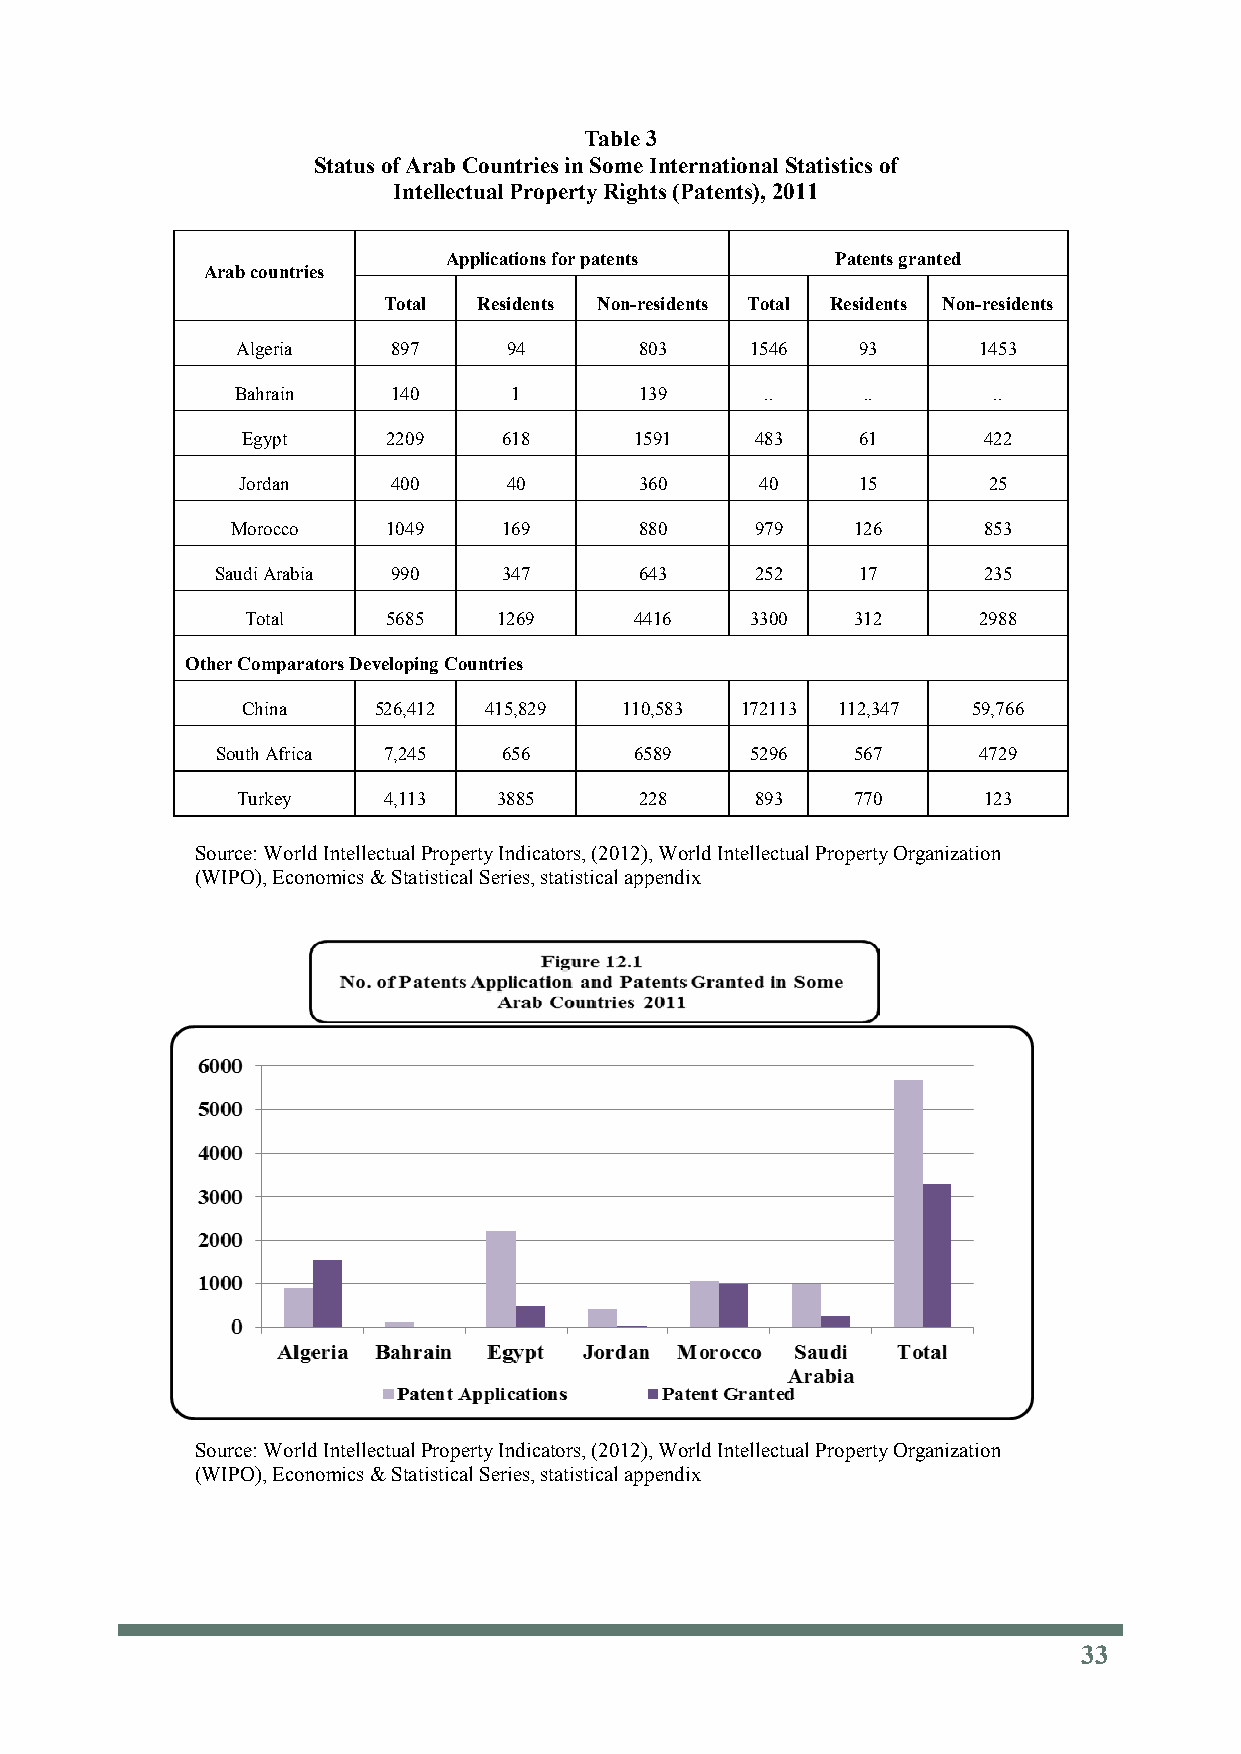
Table 3
 Status of Arab Countries in Some International Statistics of
 Intellectual Property Rights (Patents), 2011
 Applications for patents  Patents granted
 Arab countries
 Total  Residents Non-residents Total Residents Non-residents
 Algeria   897     94      803     1546   93      1453
 Bahrain   140     1       139      ..    ..       ..
 Egypt     2209   618      1591    483    61      422
 Jordan    400     40      360     40     15      25
 Morocco    1049   169      880     979    126     853
 Saudi Arabia 990   347      643     252    17      235
 Total     5685   1269     4416    3300   312     2988
 Other Comparators Developing Countries
 China    526,412 415,829 110,583 172113 112,347 59,766
 South Africa 7,245 656      6589    5296   567     4729
 Turkey   4,113   3885     228     893    770     123
 Source: World Intellectual Property Indicators, (2012), World Intellectual Property Organization
 (WIPO), Economics & Statistical Series, statistical appendix
 Source: World Intellectual Property Indicators, (2012), World Intellectual Property Organization
 (WIPO), Economics & Statistical Series, statistical appendix
 33
 33